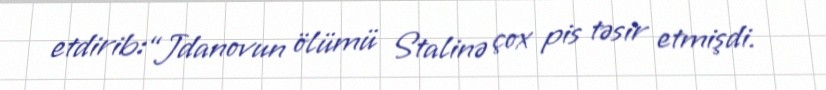
etdirib:“Jdanovun ölümü Stalinə çox pis təsir etmişdi.